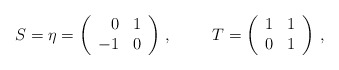
\begin{align*}S=\eta=\left( \begin{array}{rc}0 & 1 \\-1 & 0 \\\end{array}\right)\, ,\hspace{1cm}T=\left( \begin{array}{cc}1 & 1 \\0 & 1 \\\end{array}\right)\, ,\end{align*}